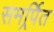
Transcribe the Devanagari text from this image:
समर्र्पित